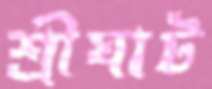
শ্রীঘাট